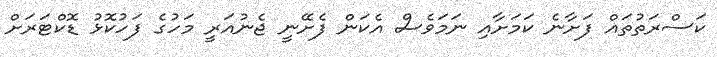
ކަސްރަތުތައް ފަށާނެ ކަމަށާއި ނަމަވެސް އެކަން ފެށޭނީ ޖެނުއަރީ މަހުގެ ފަހުކޮޅު ޑޮކްޓަރަށް